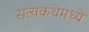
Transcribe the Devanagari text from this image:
सत्यकथेमध्ये